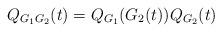
LaTeX: \begin{align*}Q_{G_1G_2}(t)=Q_{G_1}(G_2(t))Q_{G_2}(t)\end{align*}